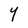
Character: Y